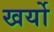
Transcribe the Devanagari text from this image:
खर्यो